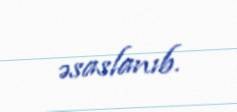
əsaslanıb.